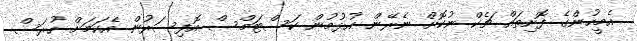
އެމީހުންގެ ފޮށިތައް ޗެކް ނުކޮށް ނެރޭން އުޅުމުން ކަސްޓަމްސް އޮފިސަރުން އެކަމަށް ހުރަސް